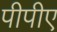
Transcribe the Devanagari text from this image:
पीपीए